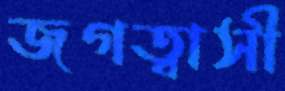
জগত্বাসী